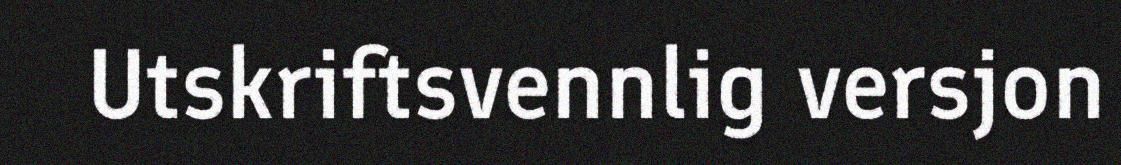
Utskriftsvennlig versjon